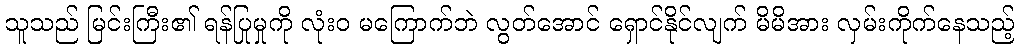
သူသည် မြင်းကြီး၏ ရန်ပြုမှုကို လုံးဝ မကြောက်ဘဲ လွတ်အောင် ရှောင်နိုင်လျက် မိမိအား လှမ်းကိုက်နေသည့်